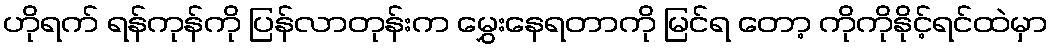
ဟိုရက် ရန်ကုန်ကို ပြန်လာတုန်းက မွှေးနေရတာကို မြင်ရ တော့ ကိုကိုနိုင့်ရင်ထဲမှာ